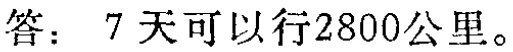
答：7天可以行2800公里。